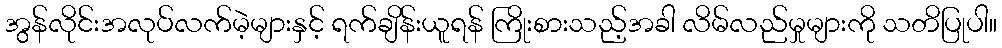
အွန်လိုင်းအလုပ်လက်မဲ့များနှင့် ရက်ချိန်းယူရန် ကြိုးစားသည့်အခါ လိမ်လည်မှုများကို သတိပြုပါ။